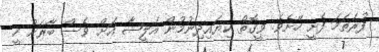
ފުރަތަމަ ފެށީ ހޭށެވެ. ވީގޮތް ކިޔައިދިނުމުން އަލީޝާ އަށް ވެސް ބާރަށް ހީ